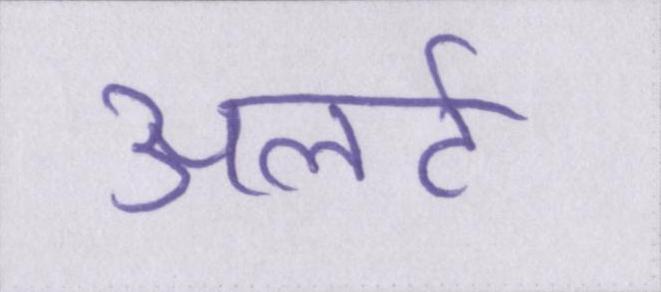
अलर्ट